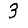
Digit: 3